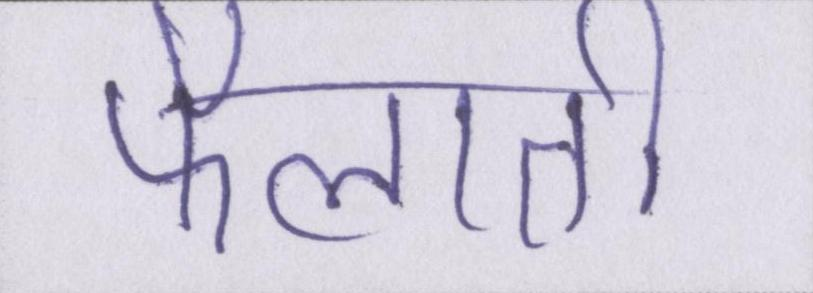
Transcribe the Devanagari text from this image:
फैलाती